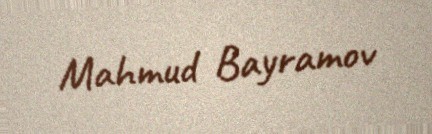
Mahmud Bayramov